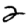
Digit: 2